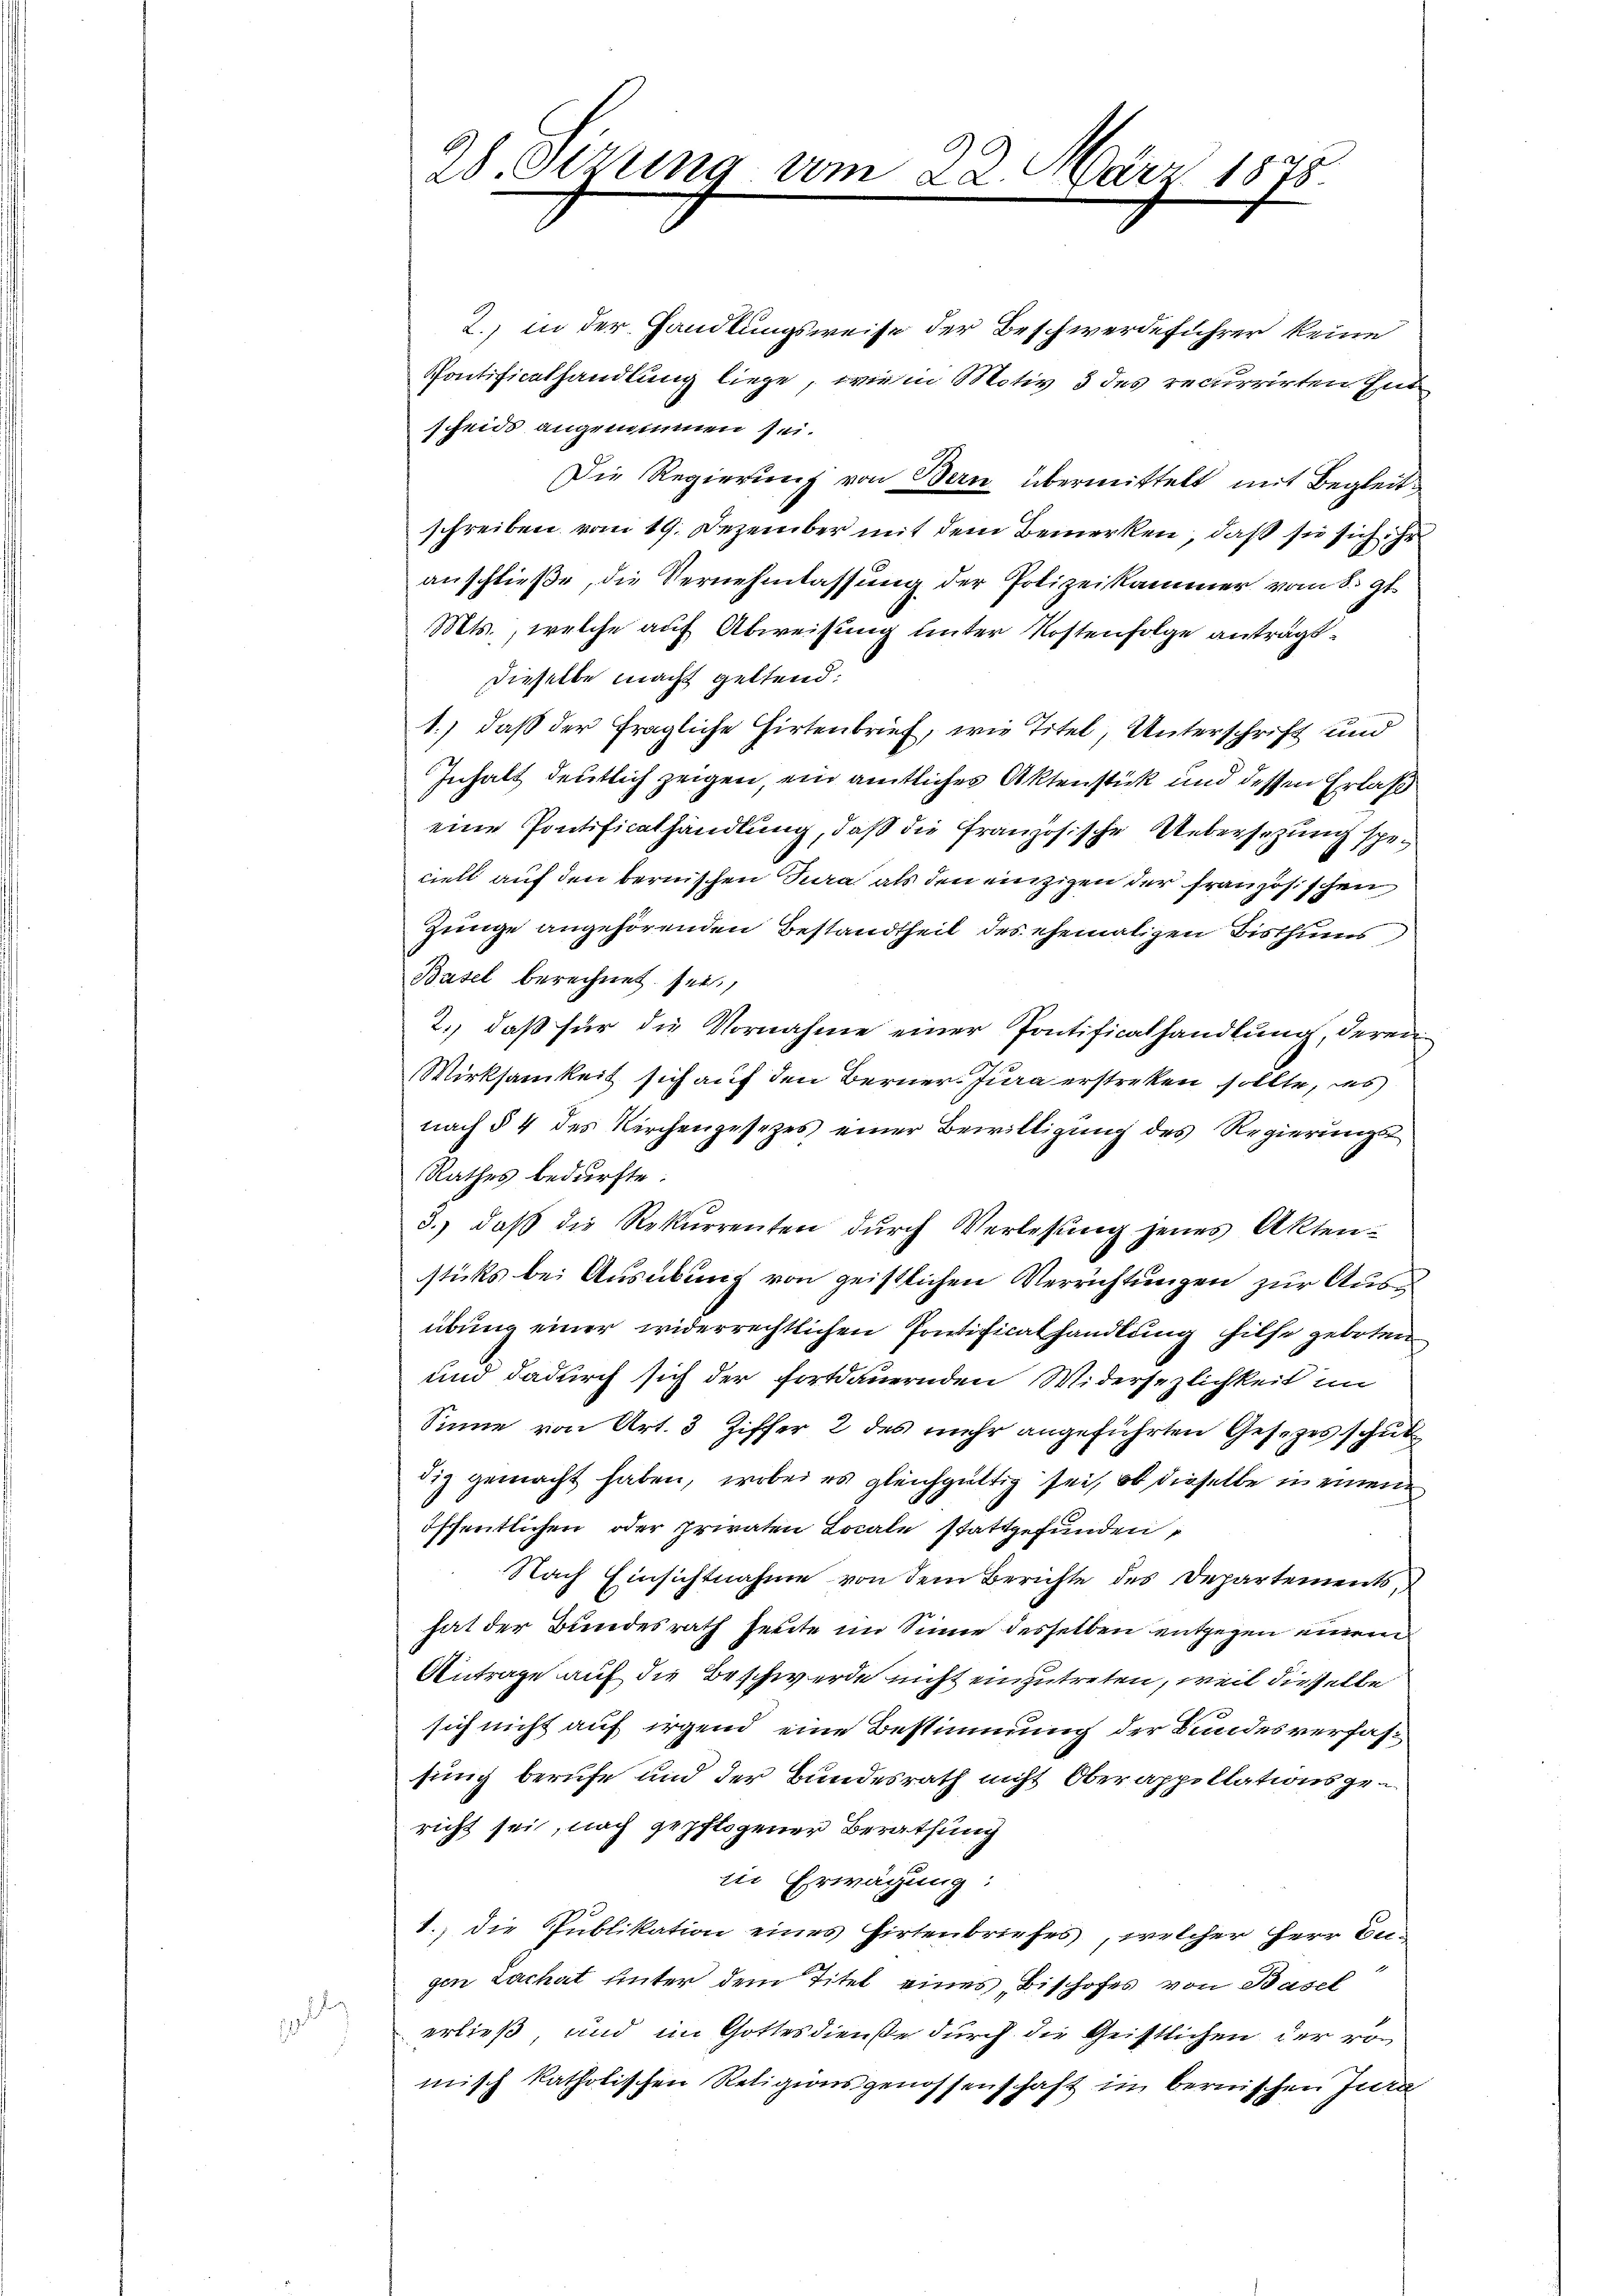
.

l

28. Setzung vom 22. März 1875.

2. in der Handlungsweise der Beschwerdeführer keine
Pontificathandlung liege, wie in Motiv 3 des recurrirten Ent
scheids angenommen sei.
Die Regierung von Bern übermittelt mit Begleitschreiben vom 19. Dezember mit dem Bemerken, daß sie sich ihr
anschließe, die Vernehmlassung der Polizeikammer vom 8. 9t.
Mts., welche auf Abweisung unter Kostenfolge anträgt.
dieselbe macht geltend:
1.) daß der fragliche Hirtenbrief, wie Titel, Unterschrift und
Inhalt deutlich zeigen, ein amtliches Aktenstück und dessen Erlaß
eine Pontificathandlung, daß die französische Uebersezung speciell auf den bernischen Jura als den einzigen der französischen
Zunge angehörenden Bestandtheil des ehemaligen Bisthums
Basel berechnet sei,
2., daß für die Vornahme einer Pontificathandlung, deren
Wirksamkeit sich auf den Berner-Jura erstreken sollte, es
nach § 4 des Kirchengesezes einer Bewilligung des Regierungs-
Rathes bedürfte.
3.) daß die Rekurrenten durch Verlesung jenes Akten-
sticks bei Ausübung von geistlichen Verrichtungen zur Ausübung einer widerrechtlichen Pontificathandlung hilfe geboten
und dadurch sich der Fortdauernden Widersezlichkeit im
Sinne von Art. 3 Ziffer 2 des mehr angeführten Gesetzes schut
dig gemacht haben, wobei es gleichgültig sei, ob dieselbe in einem
öffentlichen oder privaten Locale stattgefunden
Nach Einsichtnahme von dem Berichte des Departements,
hat der Bundesrath heute im Sinne desselben entgegen einem
Antrage auf die Beschwerde nicht einzutreten, weil dieselbe
sich nicht auf irgend eine Bestimmung der Bundesverfassung berufe und der Bundesrath nicht Oberappellationsgericht sei, nach gepflogener Berathung
in Erwägung:
1. Die Publikation eines Hirtenbriefes, welcher Herr Cu-
gen Lachat unter dem Titel eines Bishofes von Basel
erließ und im Gottesdienste durch die Geistlichen der ro
misch katholischen Religionsgenossenschaft im bernischen Jura